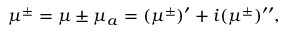
\mu ^ { \pm } = \mu \pm \mu _ { a } = ( \mu ^ { \pm } ) ^ { \prime } + i ( \mu ^ { \pm } ) ^ { \prime \prime } ,